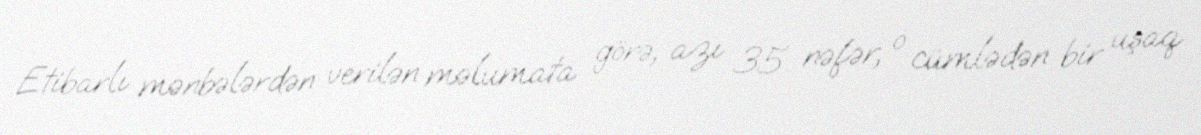
Etibarlı mənbələrdən verilən məlumata görə, azı 35 nəfər, o cümlədən bir uşaq